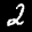
Label: 2